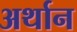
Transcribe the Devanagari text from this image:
अर्थान